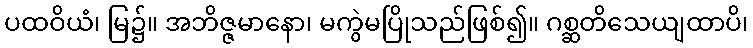
ပထဝိယံ၊ မြ၌။ အဘိဇ္ဇမာနော၊ မကွဲမပြိုသည်ဖြစ်၍။ ဂစ္ဆတိသေယျထာပိ၊